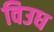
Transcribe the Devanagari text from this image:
विउध